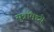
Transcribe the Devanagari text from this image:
सुत्रांमध्ये